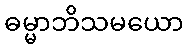
ဓမ္မာဘိသမယော